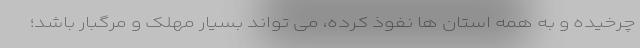
چرخیده و به همه استان ها نفوذ کرده، می تواند بسیار مهلک و مرگبار باشد؛